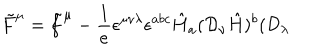
LaTeX: \tilde { F } ^ { \mu } = \tilde { f } ^ { \mu } - \frac { 1 } { e } \epsilon ^ { \mu \nu \lambda } \epsilon ^ { a b c } \hat { H } _ { a } ( { \cal D } _ { \nu } \hat { H } ) ^ { b } ( { \cal D } _ { \lambda }